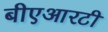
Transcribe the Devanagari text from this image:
बीएआरटी